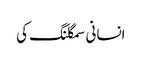
انسانی سمگلنگ کی